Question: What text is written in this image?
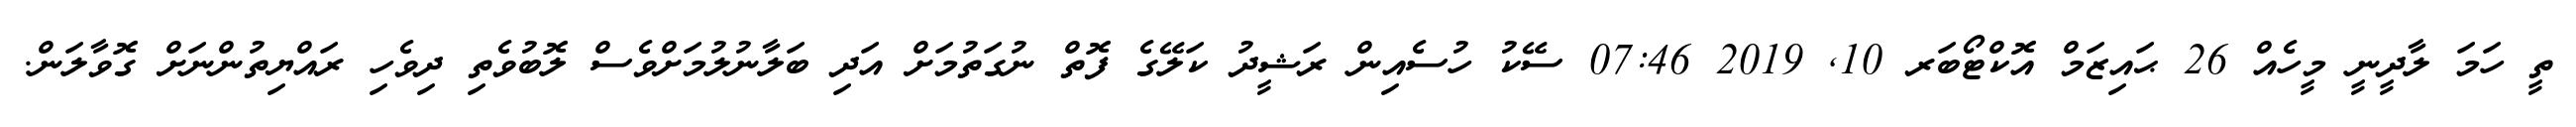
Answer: ތީ ހަމަ ލާދީނީ މީހެއް 26 ޙައިޒަމް އޮކްޓޯބަރ 10, 2019 07:46 ސޭކު ހުސެއިން ރަޝީދު ކަލޭގެ ފޮތް ނުގަތުމަށް އަދި ބަލާނުލުމަށްވެސް ލޮބުވެތި ދިވެހި ރައްޔިތުންނަށް ގޮވާލަން.